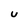
Character: U